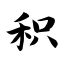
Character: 积